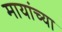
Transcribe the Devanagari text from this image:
मायांच्या